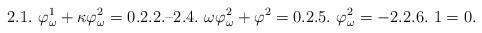
LaTeX: \begin{gather*}2.1.\ \varphi^1_\omega+\kappa\varphi^2_\omega=0.\mbox{2.2.--2.4.}\ \omega\varphi^2_\omega+\varphi^2=0.2.5.\ \varphi^2_\omega=-2.2.6.\ 1=0.\end{gather*}